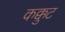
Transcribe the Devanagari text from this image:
कक्कुट